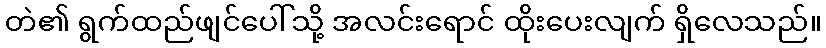
တဲ၏ ရွက်ထည်ဖျင်ပေါ်သို့ အလင်းရောင် ထိုးပေးလျက် ရှိလေသည်။